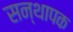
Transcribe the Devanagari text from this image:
सन्थापक